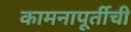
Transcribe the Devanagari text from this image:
कामनापूर्तीची